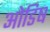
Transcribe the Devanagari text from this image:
ओडिष